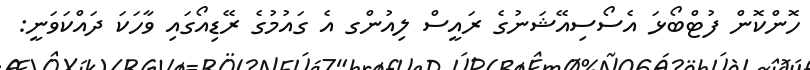
ހޮންކޮން ފުޓްބޯޅަ އެސޯސިއޭޝަނުގެ ރައީސް ލިއުންގ އެ ގައުމުގެ ރޭޑިއޯގައި ވާހަކަ ދައްކަވަނީ: